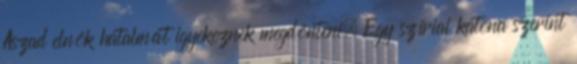
Aszad elnök hatalmát igyekeznek megdönteni. Egy szíriai katona szerint